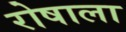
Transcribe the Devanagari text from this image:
रोषाला